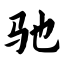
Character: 驰